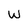
Character: W